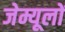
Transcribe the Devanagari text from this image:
जेम्यूलों